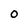
Character: 0